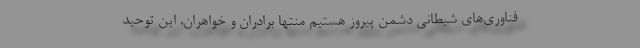
فناوری‌های شیطانی دشمن پیروز هستیم منتها برادران و خواهران، این توحید